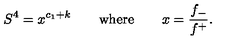
S ^ { 4 } = x ^ { c _ { 1 } + k } \qquad \mathrm { w h e r e } \qquad x = \frac { f _ { - } } { f ^ { + } } .